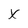
Character: x